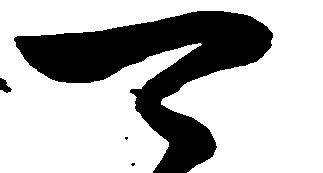
可